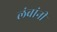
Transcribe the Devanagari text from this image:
लंबांनी